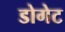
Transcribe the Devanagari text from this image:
डोगेट